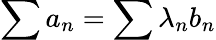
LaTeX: \sum a_{n}=\sum\lambda_{n}b_{n}